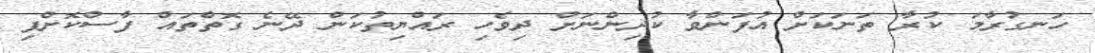
ހަނގުރާމަ ކުރާ ތަނަކަށް އުފަންވާ ކުދިންނަށް ދިވެހި ރައްޔިތުކަން ދޭނެ ގޮތްތައް ފާސްކޮށްފި